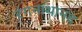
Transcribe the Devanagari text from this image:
रंगनाथानंद